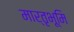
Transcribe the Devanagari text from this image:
मार्तृभूमि